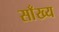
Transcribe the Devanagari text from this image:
साँख्य